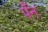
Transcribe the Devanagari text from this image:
पँन